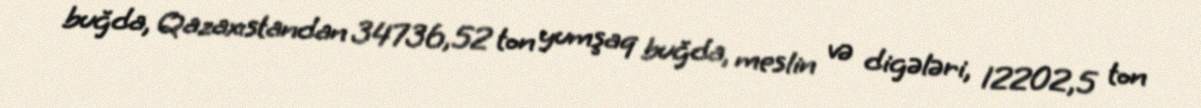
buğda, Qazaxıstandan 34736,52 ton yumşaq buğda, meslin və digələri, 12202,5 ton